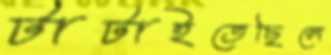
টাটাইতেছিলে